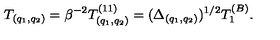
T _ { ( q _ { 1 } , q _ { 2 } ) } = \beta ^ { - 2 } T _ { ( q _ { 1 } , q _ { 2 } ) } ^ { ( 1 1 ) } = ( \Delta _ { ( q _ { 1 } , q _ { 2 } ) } ) ^ { 1 / 2 } T _ { 1 } ^ { ( B ) } .